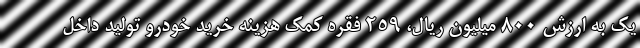
یک به ارزش 800 میلیون ریال، 259 فقره کمک هزینه خرید خودرو تولید داخل